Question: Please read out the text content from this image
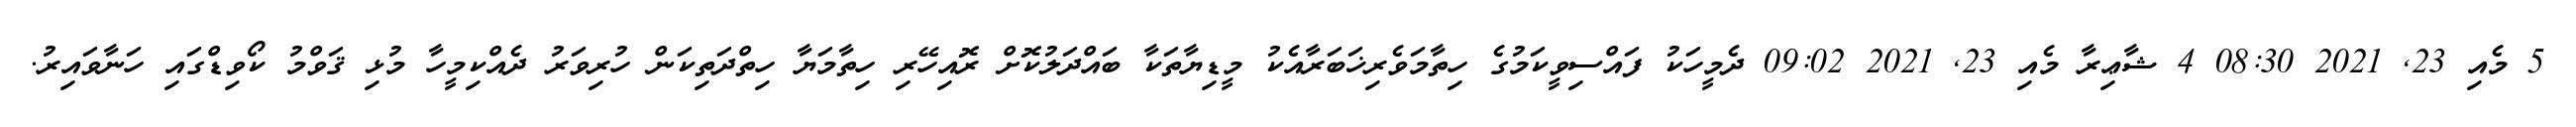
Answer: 5 މެއި 23, 2021 08:30 4 ޝާޢިރާ މެއި 23, 2021 09:02 ދެމީހަކު ފައްސިވީކަމުގެ ހިތާމަވެރިޚަބަރާއެކު މީޑިޔާތަކާ ބައްދަލުކޮށް ރޮއިހޭރި ހިތާމަޔާ ހިތްދަތިކަން ހުރިވަރު ދެއްކިމީހާ މުޅި ޤަވްމު ކޯވިޑްގައި ހަނާވައިރު.